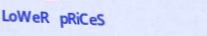
LoWeR pRiCeS